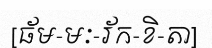
[ធ័ម-មៈ-រ័ក-ខិ-តា]